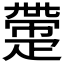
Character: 𤴟